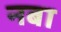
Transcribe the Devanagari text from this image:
नबा